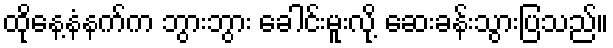
ထိုနေ့နံနက်က ဘွားဘွား ခေါင်းမူးလို့ ဆေးခန်းသွားပြသည်။